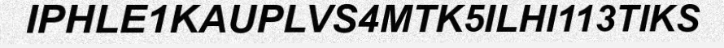
IPHLE1KAUPLVS4MTK5ILHI113TIKS